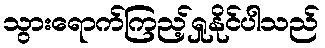
သွားရောက်ကြည့်ရှုနိုင်ပါသည်